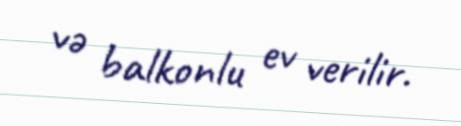
və balkonlu ev verilir.